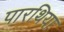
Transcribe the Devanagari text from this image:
पारथिया